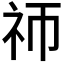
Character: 𬒭